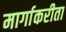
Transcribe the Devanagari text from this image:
मार्गाकरीता